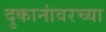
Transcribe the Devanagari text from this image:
दुकानांवरच्या